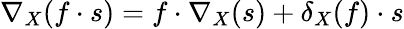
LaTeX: \nabla_{X}(f\cdot s)=f\cdot\nabla_{X}(s)+\delta_{X}(f)\cdot s